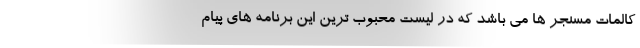
کالمات مسنجر ها می باشد که در لیست محبوب ترین این برنامه های پیام